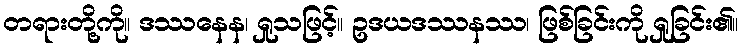
တရားတို့ကို။ ဒဿနေန၊ ရှုသဖြင့်။ ဥဒယဒဿနဿ၊ ဖြစ်ခြင်းကို ရှုခြင်း၏။